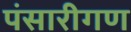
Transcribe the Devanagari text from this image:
पंसारीगण